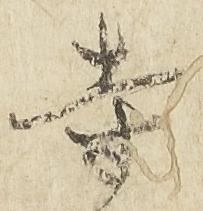
寺